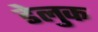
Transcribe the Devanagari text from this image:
डेलुक